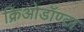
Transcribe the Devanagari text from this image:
क्रिओडॉण्टा